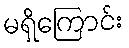
မရှိကြောင်း